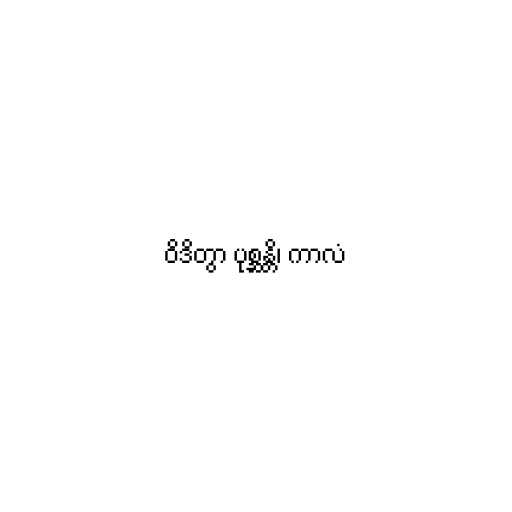
ဝိဒိတွာ ပုစ္ဆန္တိ၊ ကာလံ